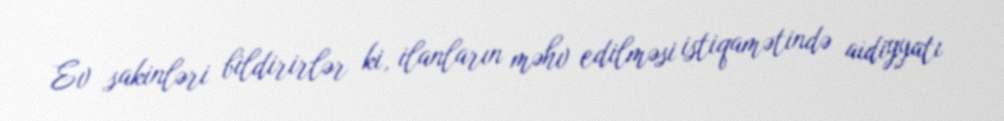
Ev sakinləri bildirirlər ki, ilanların məhv edilməsi istiqamətində aidiyyatı